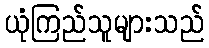
ယုံကြည်သူများသည်